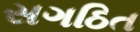
સગઠિત